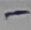
Text: -